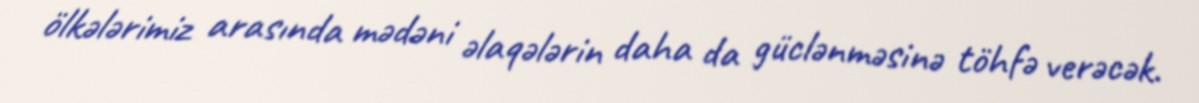
ölkələrimiz arasında mədəni əlaqələrin daha da güclənməsinə töhfə verəcək.